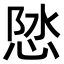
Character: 𪫽